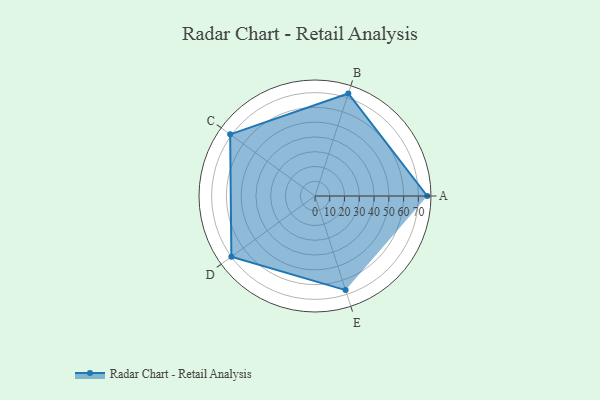
{"axis": {"x": "Skill", "y": "Score"}, "legend": ["Profile"], "data": [{"x": "A", "y": 76.0, "type": "Profile"}, {"x": "B", "y": 73.0, "type": "Profile"}, {"x": "C", "y": 71.0, "type": "Profile"}, {"x": "D", "y": 70.0, "type": "Profile"}, {"x": "E", "y": 67.0, "type": "Profile"}]}